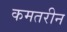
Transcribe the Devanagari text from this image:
कमतरीन